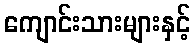
ကျောင်းသားများနှင့်